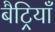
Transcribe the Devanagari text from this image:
बैट्रियाँ